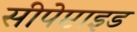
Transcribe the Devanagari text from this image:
सीपेप्टाइड